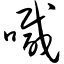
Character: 喊